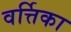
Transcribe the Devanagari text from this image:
वर्त्तिका